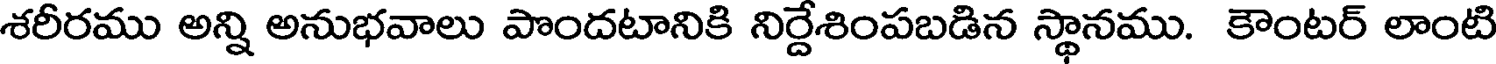
శరీరము అన్ని అనుభవాలు పొందటానికి నిర్దేశింపబడిన స్థానము. కౌంటర్ లాంటి